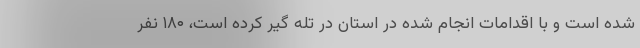
شده است و با اقدامات انجام شده در استان در تله گیر کرده است، ۱۸۰ نفر